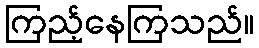
ကြည့်နေကြသည်။